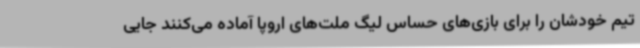
تیم خودشان را برای بازی‌های حساس لیگ ملت‌های اروپا آماده می‌کنند جایی